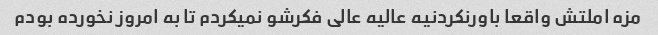
مزه املتش واقعا باورنکردنیه عالیه عالی فکرشو نمیکردم تا به امروز نخورده بودم